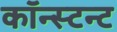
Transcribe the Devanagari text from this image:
कॉन्स्टन्ट